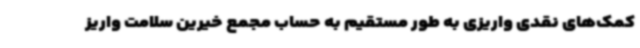
کمک‌های نقدی واریزی به طور مستقیم به حساب مجمع خیرین سلامت واریز